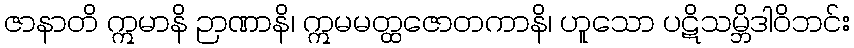
ဇာနာတိ ဣမာနိ ဉာဏာနိ၊ ဣမမတ္ထဇောတကာနိ၊ ဟူသော ပဋိသမ္ဘိဒါဝိဘင်း